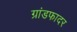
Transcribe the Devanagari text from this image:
ग्रांडफादर